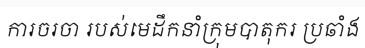
ការចរចា របស់មេដឹកនាំក្រុមបាតុករ ប្រឆាំង